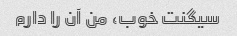
سیگنت خوب، من آن را دارم